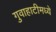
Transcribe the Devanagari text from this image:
गुवाहाटीमध्ये